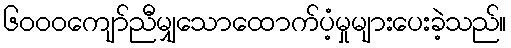
၆၀၀၀ကျော်ညီမျှသောထောက်ပံ့မှုများပေးခဲ့သည်။